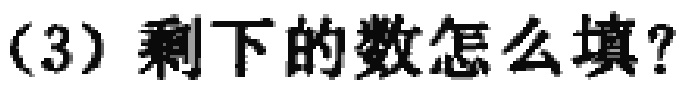
（3）剩下的数怎么填？